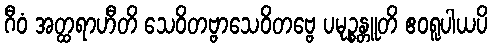
ဂီဝံ အတ္ထရာဟီတိ သေဝိတဗ္ဗာသေဝိတဗ္ဗေ ပမုဉ္စန္တူတိ ဧဝရူပါယပိ